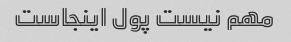
مهم نیست پول اینجاست